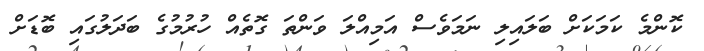
ކޮންމެ ކަމަކަށް ބަލައިލި ނަމަވެސް އަމިއްލަ ވަންތަ ގޮތެއް ހުރުމުގެ ބަދަލުގައި ބޮޑަށް